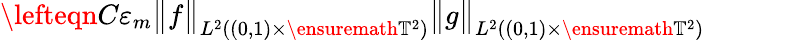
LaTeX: \begin{array}{rl}{\lefteqn{C\varepsilon_{m}\bigl\| f\bigr\| _{L^{2}((0,1)\times\ensuremath{\mathbb{T}}^{2})}\bigl\| g\bigr\| _{L^{2}((0,1)\times\ensuremath{\mathbb{T}}^{2})}}\qquad}&{{}}\end{array}